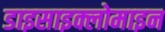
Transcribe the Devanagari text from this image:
डाइसाइक्लोमाइन